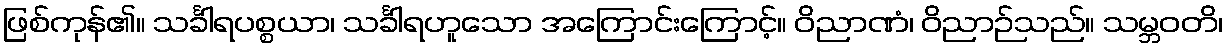
ဖြစ်ကုန်၏။ သင်္ခါရပစ္စယာ၊ သင်္ခါရဟူသော အကြောင်းကြောင့်။ ဝိညာဏံ၊ ဝိညာဉ်သည်။ သမ္ဘဝတိ၊